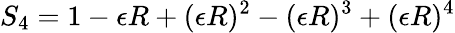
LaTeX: S_{4}=1-\epsilon R+(\epsilon R)^{2}-(\epsilon R)^{3}+(\epsilon R)^{4}